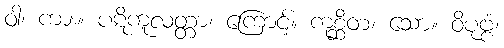
ဝါ၊ ကား။ ပဋိကူလတ္တာ၊ ကြောင့်။ ကုစ္ဆိတံ၊ သော။ ဝိပုဗ္ဗံ၊